Report on sanitation, dispensaries, and jails in Rajputana for 1919, and on vaccination for the year 1919-1920 - 1919-1920
Year: 1919
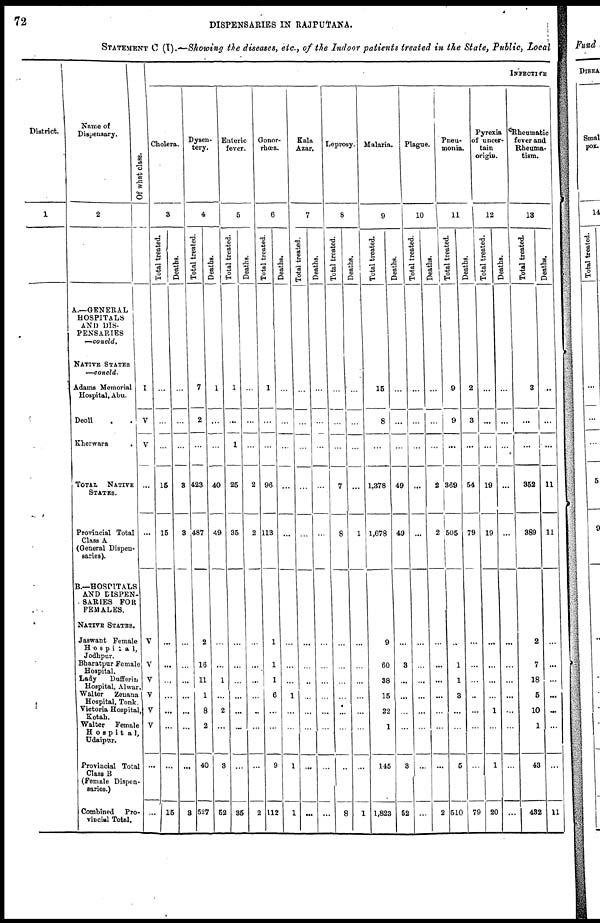
72
DISPENSARIES IN RAJPUTANA.
STATEMENT C (T).—Showing the diseases, etc., of the Indoor patients treated in the State, Public, Local
District.
1
Name of
Dispensary.
2
A.—GENERAL
HOSPITALS
AND DIS-
PENSARIES
—concld.
NATIVE STATES
—concld.
Adams Memorial
Hospital, Abu.
Deoli . .
Kherwara
.
TOTAL
NATIVE
STATES.
Provincial Total
Class A
(General Dispen-
saries).
B.—HOSPITALS
AND DISPEN-
SARIES FOR
FEMALES.
NATIVE STATES.
Jaswant Female
Hospital,
Jodhpur.
Bharatpur Female
Hospital.
Lady
Dufferin
Hospital, Alwar .
Walter
Zenana
Hospital, Tonk.
Victoria Hospital
Kotah.
Walter Female
Hospital,
Udaipur.
Provincial Total
Class B
(Female Dispen-
saries.)
Combined Pro-
vincial Total.
Of what class.
I
V
V
...
...
V
V
V
V
v
V
...
...
INFECTIVE
Cholera.
3
Total treated.
...
...
...
15
15
...
...
...
...
...
...
...
15
Deaths.
...
...
...
3
3
...
...
...
...
...
...
...
3
Dysen-
tery.
4
Total treated.
7
2
...
423
487
2
16
11
1
8
2
40
527
Deaths.
1
...
...
40
49
...
...
1
...
2
...
3
52
Enteric
fever.
5
Total treated.
1
...
1
25
35
...
...
...
...
...
...
...
35
Deaths.
...
...
...
2
2
...
...
...
...
...
...
...
2
Gonor-
rhœa.
6
Total treated.
1
...
...
96
113
1
1
1
6
...
...
9
112
Deaths.
...
...
...
...
...
...
...
...
1
...
...
1
1
Kala
Azar.
7
Total treated.
...
...
...
...
...
...
...
...
...
...
...
...
...
Deaths.
...
...
...
...
...
...
...
...
...
...
...
...
...
Leprosy.
8
Total treated.
...
...
...
7
8
...
...
...
...
...
...
...
8
Deaths.
...
...
...
...
1
...
...
...
...
...
...
...
1
Malaria.
9
Total treated.
15
8
...
1,378
1,678
9
60
38
15
22
1
145
1,823
Deaths.
...
...
...
49
49
...
3
...
...
...
...
3
52
Plague.
10
Total treated.
...
...
...
...
...
...
...
...
...
...
...
...
...
Deaths.
...
...
...
2
2
...
...
...
...
...
...
...
2
Pneu¬
monia.
11
Total treated.
9
9
...
369
505
...
1
1
3
...
...
5
510
Deaths.
2
3
...
54
79
...
...
...
...
...
...
...
79
Pyrexia
of uncer-
tain
origin.
12
Total treated.
...
...
...
19
19
...
...
...
...
1
...
1
20
Deaths.
...
...
...
...
...
...
...
...
...
...
...
...
...
Rheumatic
fever and
Rheuma-
tism.
13
Total treated.
3
...
...
352
389
2
7
18
5
10
1
43
432
Deaths.
...
...
...
11
11
...
...
...
...
...
...
...
11